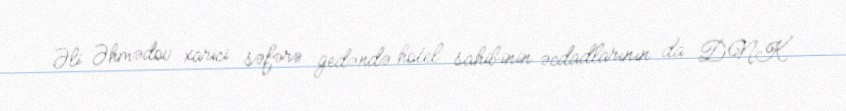
Əli Əhmədov xarici səfərə gedəndə hotel sahibinin əcdadlarının da DNK